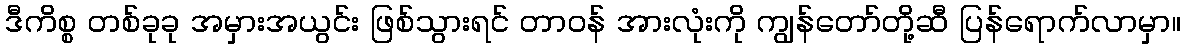
ဒီကိစ္စ တစ်ခုခု အမှားအယွင်း ဖြစ်သွားရင် တာဝန် အားလုံးကို ကျွန်တော်တို့ဆီ ပြန်ရောက်လာမှာ။